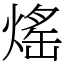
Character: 熎